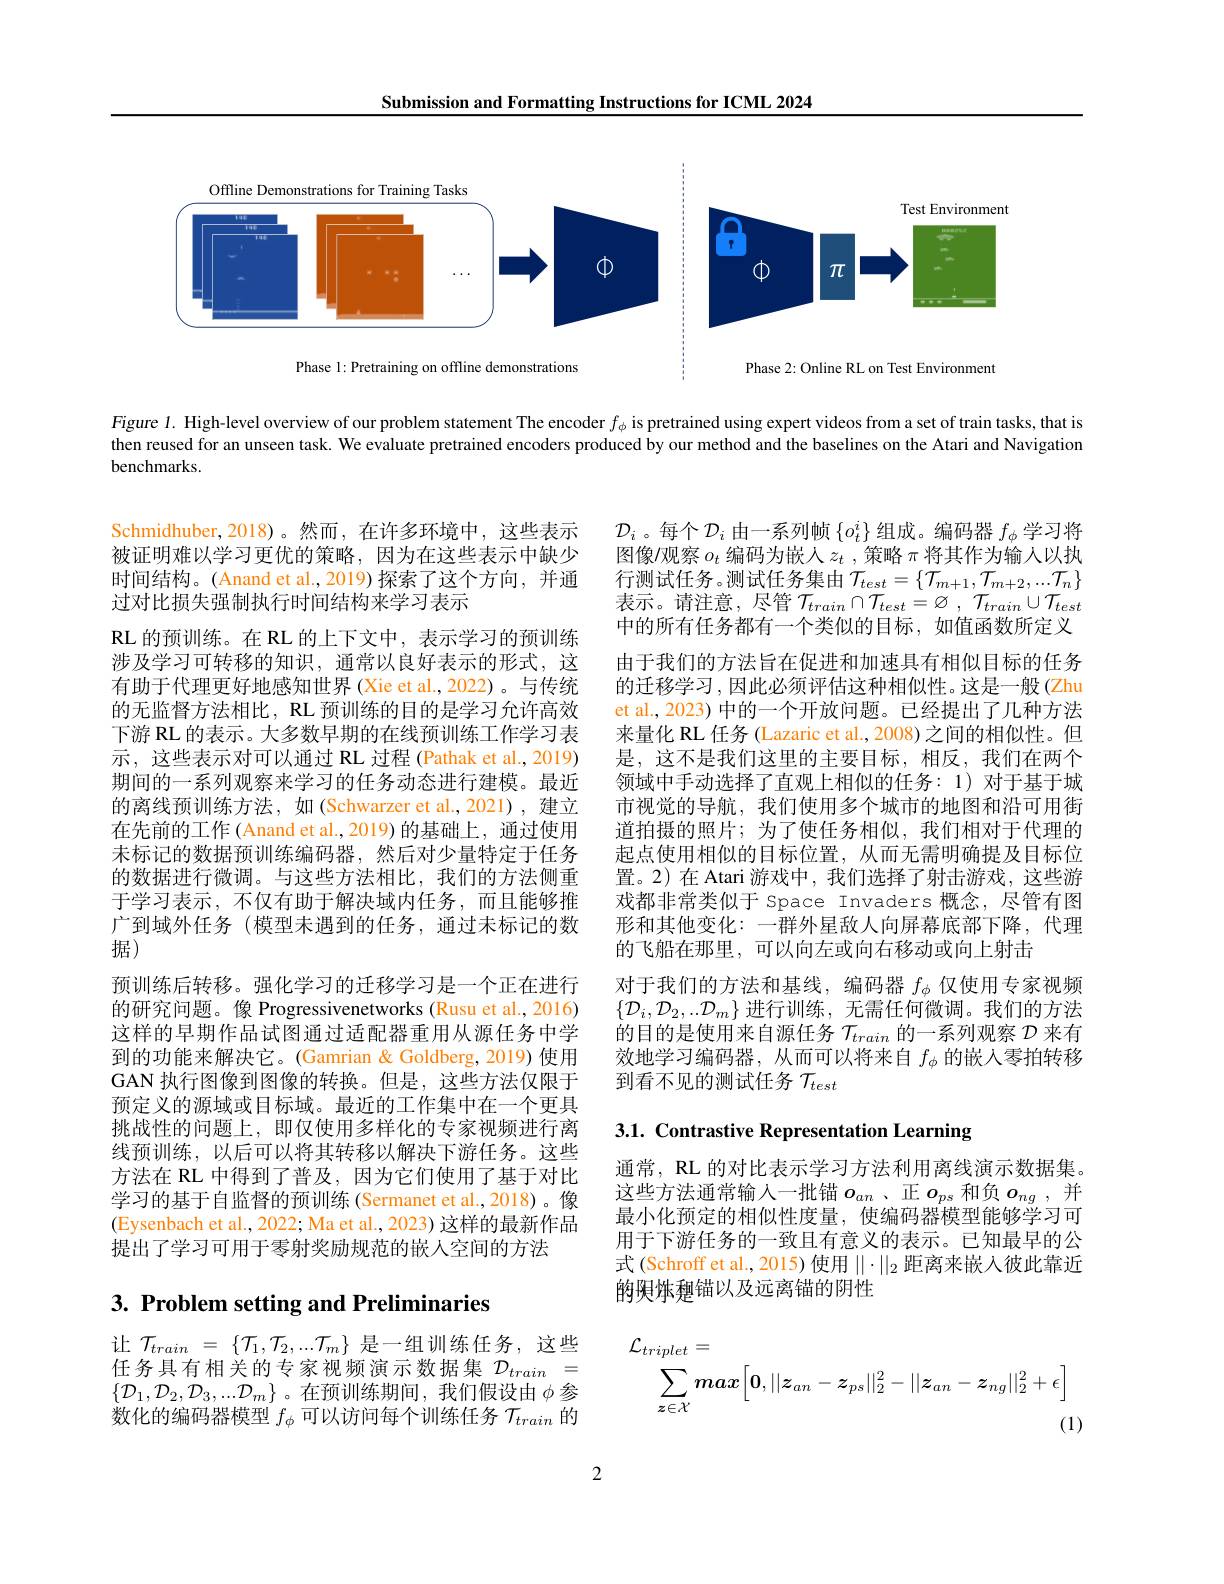
Submission and Formatting Instructions for ICML 2024

<FigureHere>

Figure 1. High-level overview of our problem statement The encoder $f_\phi$ is pretrained using expert videos from a set of train tasks, that is

then reused for an unseen task. We evaluate pretrained encoders produced by our method and the baselines on the Atari and Navigation

benchmarks.

$\mathcal{D} _{i}$。每 个 $\mathcal{D} _{i}$ 由 一 系 列 帧 $\{ o_{t}^{i}\}$ 组 成 。编 码 器 $f_{\phi }$ 学 习 将 图 像 / 观 察 $o_{t}$ 编 码 为 嵌 人 $z_{t}$ , 策 略 $\pi$ 将 其 作 为 输 入 以 执行测试任务。测试任务集由$\mathcal{T}_test=\{\mathcal{T}_{m+1},\mathcal{T}_{m+2},...\mathcal{T}_n\}$ 表示。请注意，尽管$\mathcal{T} _train\cap \mathcal{T} _{test}= \varnothing$ , $\mathcal{T} _{train}\cup \mathcal{T} _{test}$ 中的所有任务都有一个类似的目标，如值函数所定义由于我们的方法旨在促进和加速具有相似目标的任务的迁移学习，因此必须评估这种相似性。这是一般(Zhu et al., 2023) 中的一个开放问题。已经提出了几种方法来量化 RL 任务 (Lazaric et al., 2008) 之间的相似性。但是，这不是我们这里的主要目标，相反，我们在两个领域中手动选择了直观上相似的任务：1)对于基于城市视觉的导航，我们使用多个城市的地图和沿可用街道拍摄的照片；为了使任务相似，我们相对于代理的起点使用相似的目标位置，从而无需明确提及目标位置。2)在 Atari 游戏中，我们选择了射击游戏，这些游戏都非常类似于 Space Invaders 概念，尽管有图形和其他变化：一群外星敌人向屏幕底部下降，代理的飞船在那里，可以向左或向右移动或向上射击
对于我们的方法和基线，编码器$f_\phi$仅使用专家视频$\{\mathcal{D}_i,\mathcal{D}_2,..\mathcal{D}_m\}$进行训练，无需任何微调。我们的方法的目的是使用来自源任务$\mathcal{T}_{train}$的一系列观察$\mathcal{D}$来有效地学习编码器，从而可以将来自$f_\phi$的嵌入零拍转移到看不见的测试任务$\mathcal{T}_{test}$

Schmidhuber,2018)。然而，在许多环境中，这些表示被证明难以学习更优的策略，因为在这些表示中缺少时间结构。(Anand et al.,2019)探索了这个方向，并通过对比损失强制执行时间结构来学习表示
RL 的预训练。在 RL 的上下文中，表示学习的预训练涉及学习可转移的知识，通常以良好表示的形式，这有助于代理更好地感知世界 (Xie et al.,2022)。与传统的无监督方法相比，RL 预训练的目的是学习允许高效下游 RL 的表示。大多数早期的在线预训练工作学习表示，这些表示对可以通过 RL 过程 (Pathak et al., 2019) 期间的一系列观察来学习的任务动态进行建模。最近的离线预训练方法，如(Schwarzer et al.,2021),建立在先前的工作(Anand et al.,2019) 的基础上，通过使用未标记的数据预训练编码器，然后对少量特定于任务的数据进行微调。与这些方法相比，我们的方法侧重于学习表示，不仅有助于解决域内任务，而且能够推广到域外任务(模型未遇到的任务，通过未标记的数据)
预训练后转移。强化学习的迁移学习是一个正在进行的研究问题。像 Progressivenetworks (Rusu et al., 2016) 这样的早期作品试图通过适配器重用从源任务中学到的功能来解决它。(Gamrian & Goldberg, 2019) 使用GAN 执行图像到图像的转换。但是，这些方法仅限于预定义的源域或目标域。最近的工作集中在一个更具挑战性的问题上，即仅使用多样化的专家视频进行离线预训练，以后可以将其转移以解决下游任务。这些方法在 RL 中得到了普及，因为它们使用了基于对比学习的基于自监督的预训练(Sermanet et al.,2018)。像(Eysenbach et al., 2022; Ma et al., 2023) 这样的最新作品提出了学习可用于零射奖励规范的嵌人空间的方法

3.1. Contrastive Representation Learning

通常，RL 的对比表示学习方法利用离线演示数据集。这些方法通常输入一批锚$o_{an}$、正$o_{ps}$和负$o_{ng}$,并最小化预定的相似性度量，使编码器模型能够学习可用于下游任务的一致且有意义的表示。已知最早的公式(Schroff et al., 2015) 使用$\|\cdot\|_2$距离来嵌入彼此靠近的興炸憩锚以及远离锚的阴性

# 3. Problem setting and Preliminaries
$$\mathcal{L}_{triplet}=\\\sum_{\boldsymbol{z}\in\mathcal{X}}max\Big[\boldsymbol{0},||\boldsymbol{z}_{an}-\boldsymbol{z}_{ps}||_{2}^{2}-||\boldsymbol{z}_{an}-\boldsymbol{z}_{ng}||_{2}^{2}+\epsilon\Big]\\\text{(1)}$$
让 $\mathcal{T}_train~=~\{\mathcal{T}_1,\mathcal{T}_2,...\mathcal{T}_m\}~$是一组训练任务，这些任务具有相关的专家视频演示数据集$\mathcal{D}_train=$ $\{\mathcal{D}_1,\mathcal{D}_2,\mathcal{D}_3,...\mathcal{D}_m\}$。在预训练期间，我们假设由$\phi$参数化的编码器模型$f_\phi$可以访问每个训练任务$\mathcal{T}_train$的

2